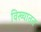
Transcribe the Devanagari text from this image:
विख्यातत